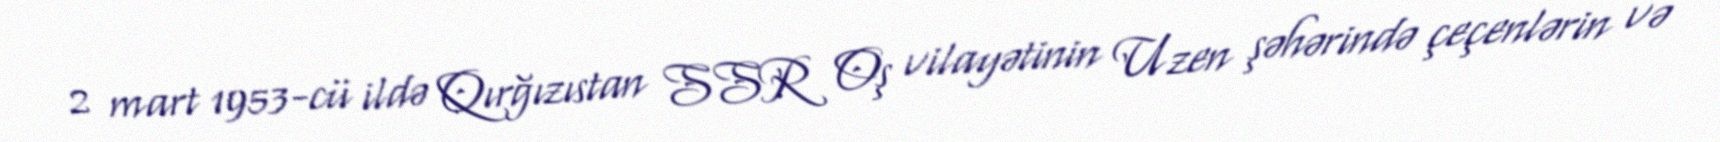
2 mart 1953-cü ildə Qırğızıstan SSR Oş vilayətinin Uzen şəhərində çeçenlərin və